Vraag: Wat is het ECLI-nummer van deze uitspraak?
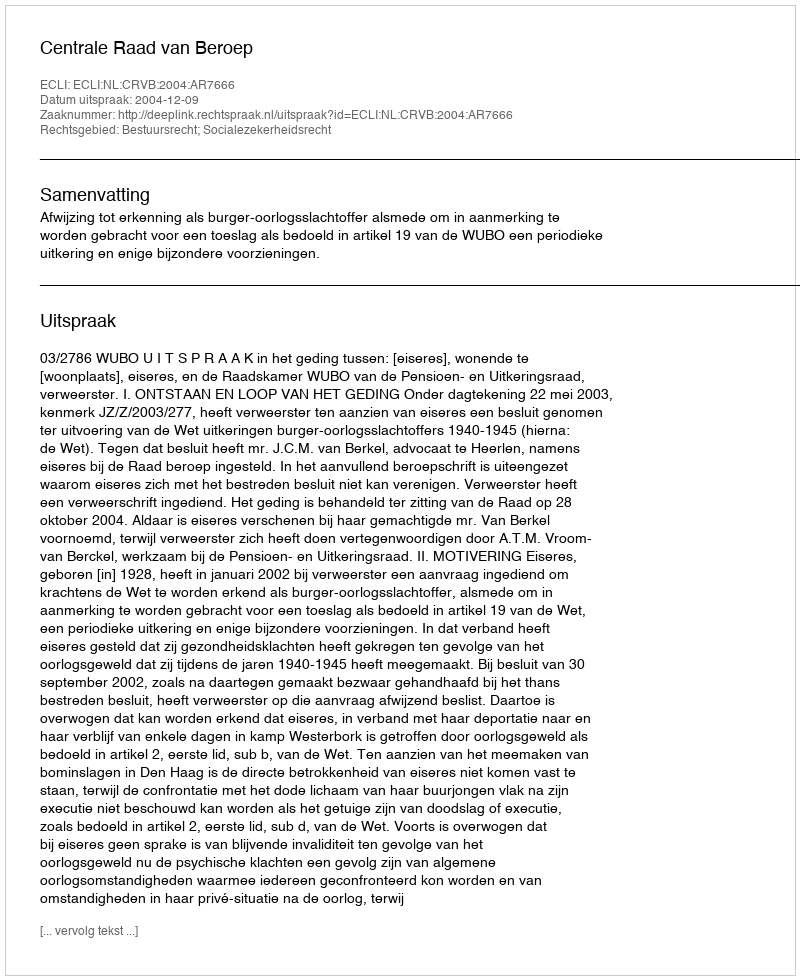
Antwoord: ECLI:NL:CRVB:2004:AR7666